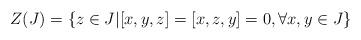
LaTeX: \begin{align*} Z(J)=\{z\in J \vert [x,y,z]=[x,z,y]=0, \forall x,y\in J\} \end{align*}